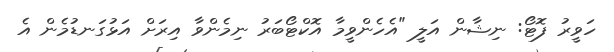
ހަވީރު ފޮޓޯ: ނިޝާން އަލީ "އެހެންވީމާ އޮކްޓޯބަރު ނިމެންވާ އިރަށް އަޅުގަނޑުމެން އެ